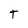
Character: T